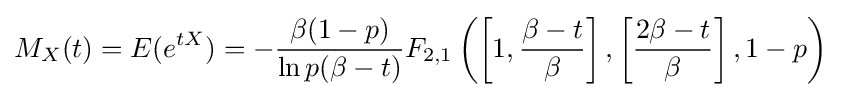
M_{X}(t)=E(e^{tX})=-{\frac {\beta (1-p)}{\ln p(\beta -t)}}F_{2,1}\left(\left[1,{\frac {\beta -t}{\beta }}\right],\left[{\frac {2\beta -t}{\beta }}\right],1-p\right)